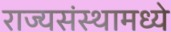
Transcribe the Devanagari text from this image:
राज्यसंस्थामध्ये